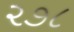
૨૭૮